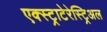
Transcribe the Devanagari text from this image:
एक्स्ट्राटेरेस्ट्रिअल